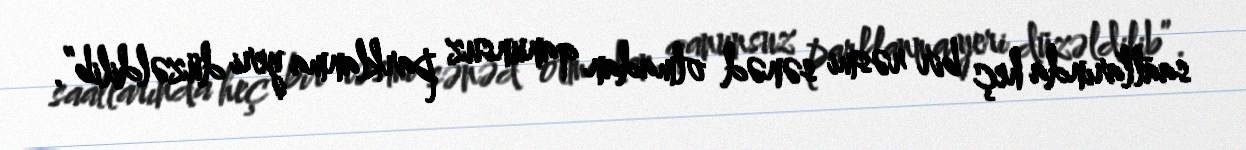
saatlarında heç bir rəsmi sənəd olmadan qanunsuz parklanma yeri düzəldilib”.